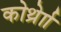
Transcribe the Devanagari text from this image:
कोर्थ्रेाा